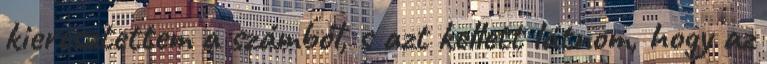
kieresztettem a számból, s azt kellett látnom, hogy az